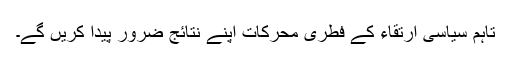
تاہم سیاسی ارتقاء کے فطری محرکات اپنے نتائج ضرور پیدا کریں گے۔